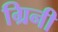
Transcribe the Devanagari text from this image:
ग्रिनी